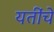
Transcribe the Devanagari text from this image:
यतींचे